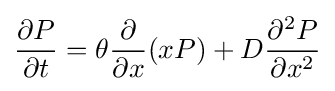
{\frac {\partial P}{\partial t}}=\theta {\frac {\partial }{\partial x}}(xP)+D{\frac {\partial ^{2}P}{\partial x^{2}}}